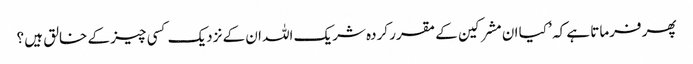
پھر فرماتا ہے کہ ’ کیا ان مشرکین کے مقرر کردہ شریک اللہ ان کے نزدیک کسی چیز کے خالق ہیں ؟